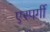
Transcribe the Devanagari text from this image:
एस्पर्गी